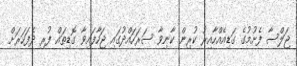
ޖަލްސާ ފެށުމުގެ ގަޑިއެއްހާއިރު ކުރިން ކާނިވާ ސަރަހައްދުގައި ޖަހާފައިވާ ގޮޑިތައް ފުރި ދެފަހަރަށް